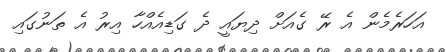
އަހަރެމެން އެ ރޭ ގެއަށް ދިޔައީ ދެ ގަޑިއެއްހާ އިރު އެ ތަނުގައި